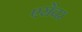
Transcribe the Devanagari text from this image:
एसेंचर